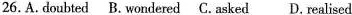
26.A. Doubted B. Wondered C. Asked D. Realised